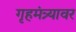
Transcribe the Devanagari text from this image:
गृहमंत्र्यावर